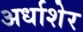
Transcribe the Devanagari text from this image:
अर्धाशेर